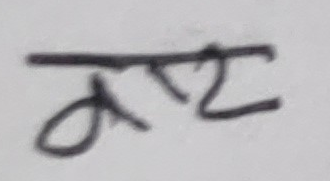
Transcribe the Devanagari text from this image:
बाट